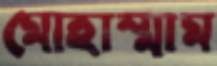
মোহাম্মাম